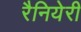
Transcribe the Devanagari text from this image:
रैनियेरी